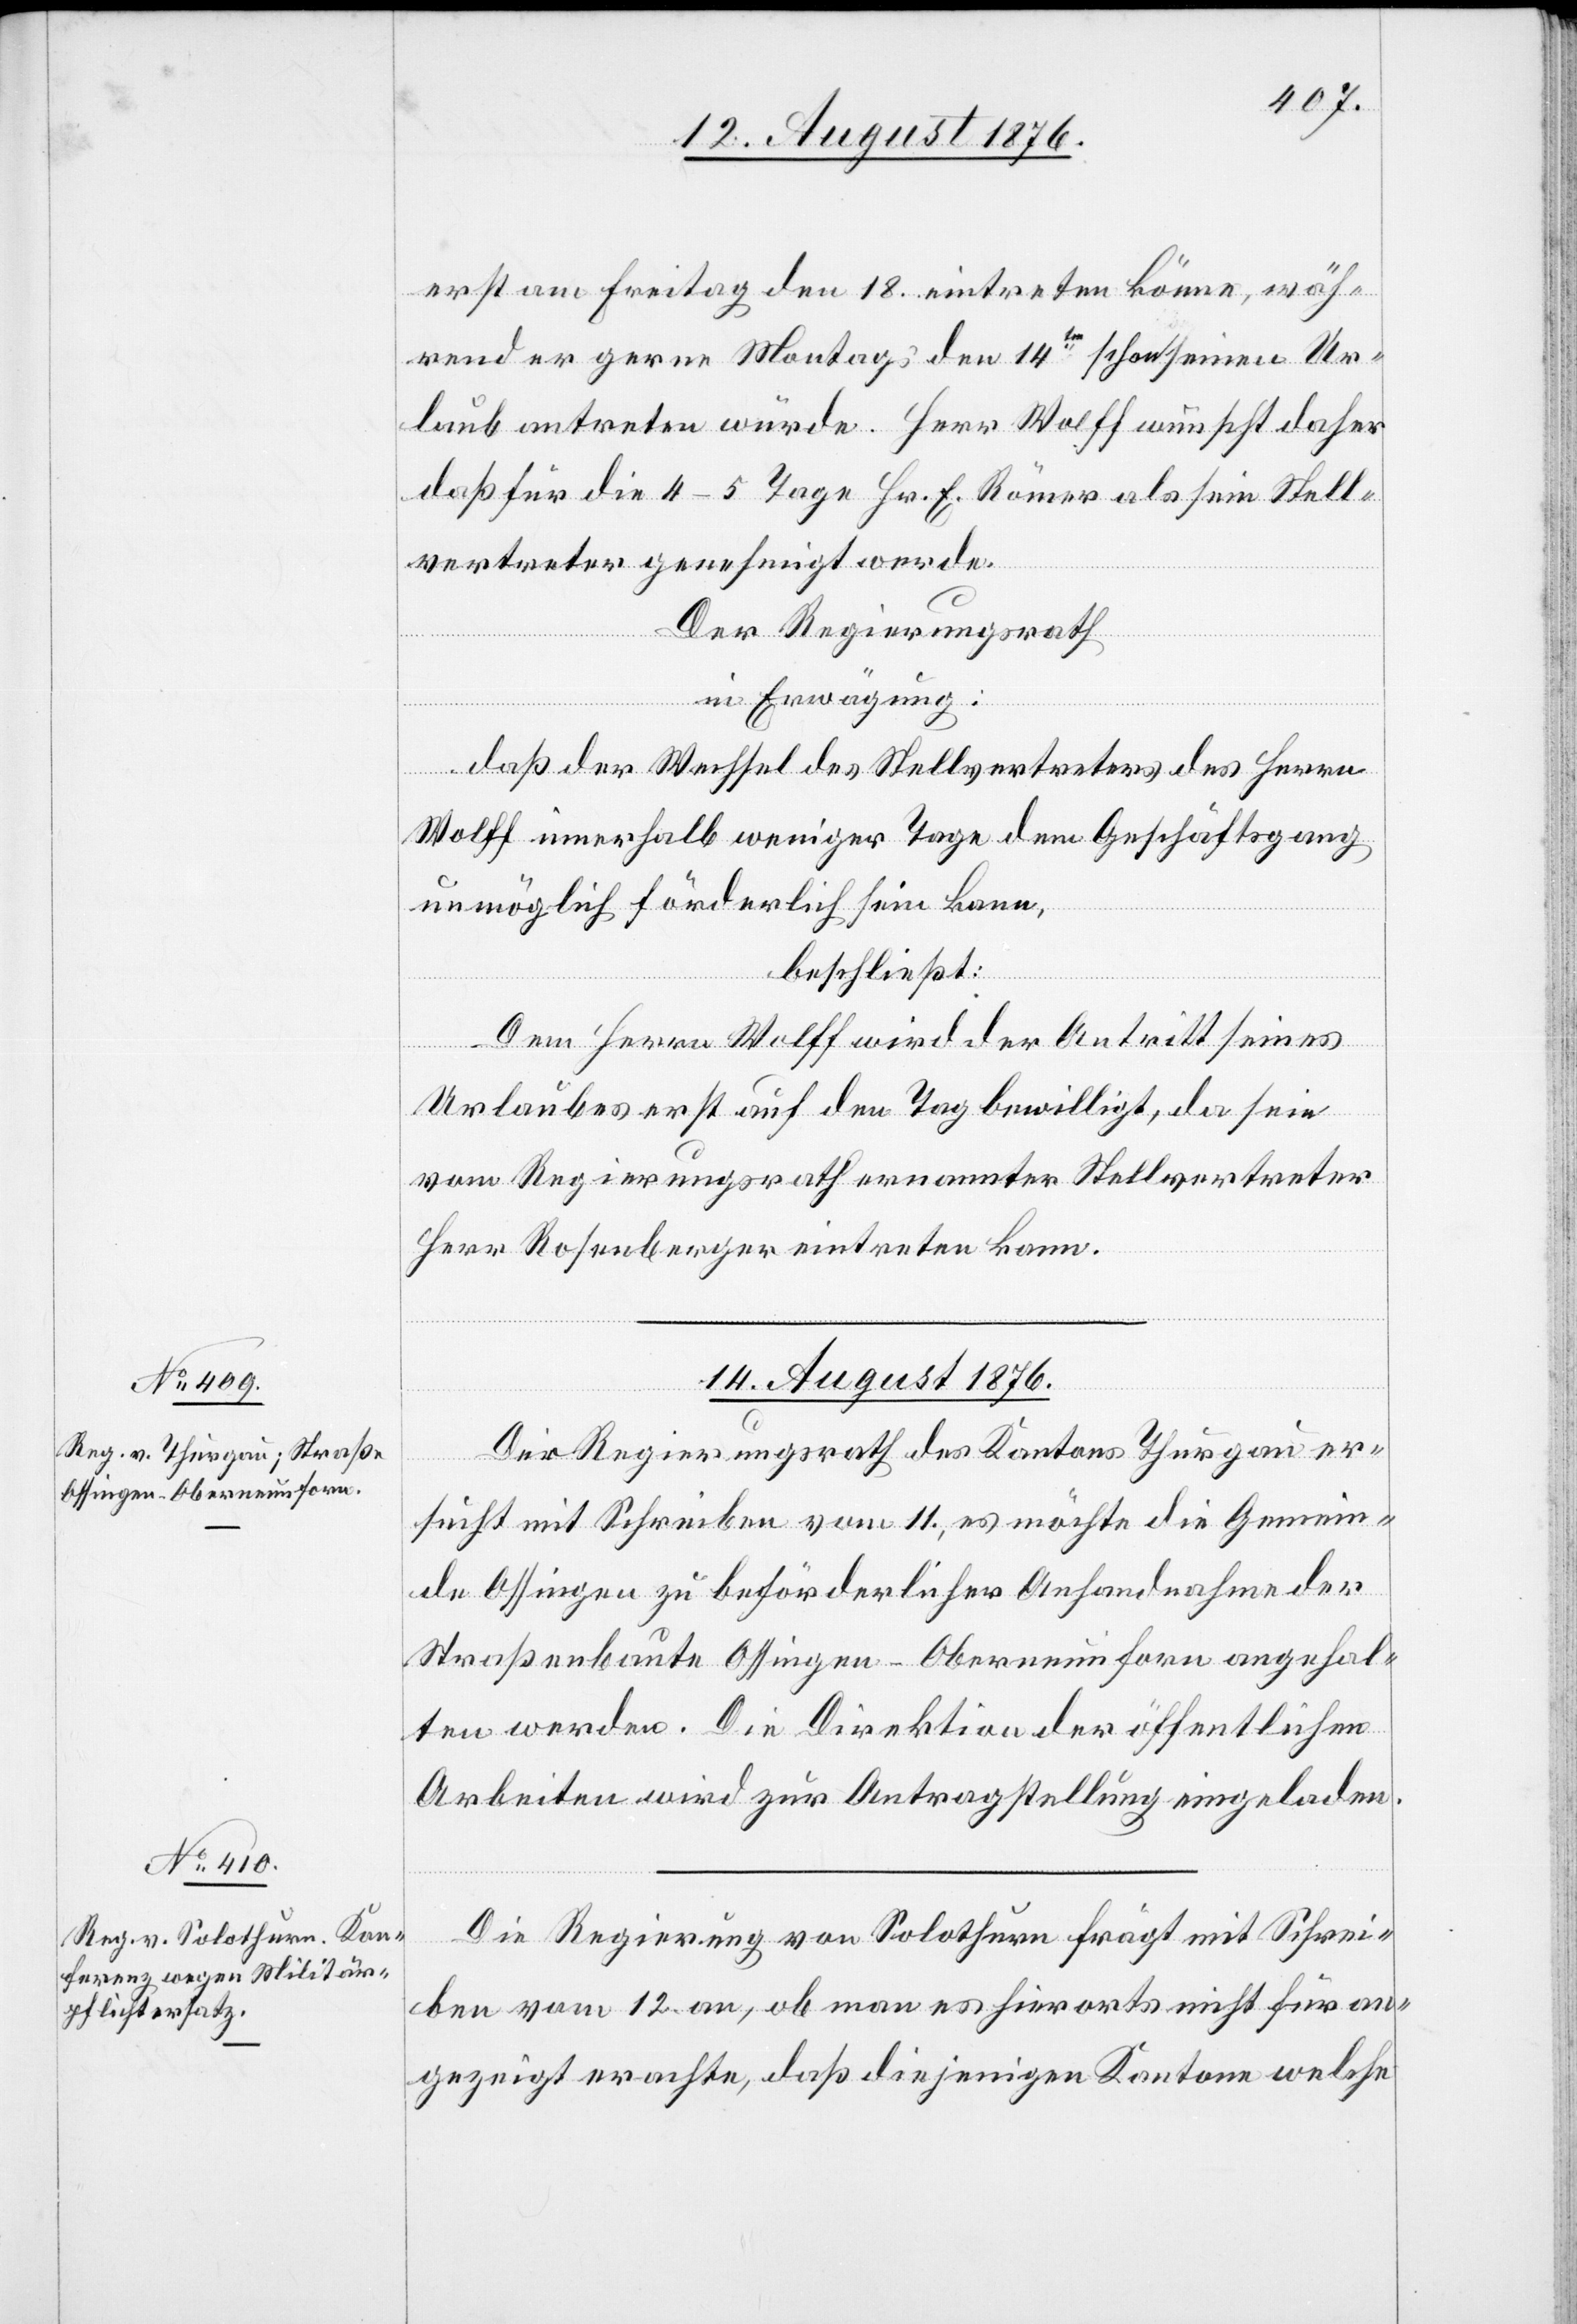
erst am Freitag den 18. eintreten könne, wäh¬
rend er gerne Montags den 14ten schon seinen Ur¬
laub antreten würde. Herr Wolff wünscht daher
daß für die 4–5 Tage Hr. E. Römer als sein Stell¬
vertreter genehmigt werde.
Der Regierungsrath
in Erwägung:
daß der Wechsel des Stellvertreters des Herrn
Wolff innerhalb weniger Tage dem Geschäftsgang
unmöglich förderlich sein kann,
beschließt:
Dem Herrn Wolff wird der Antritt seines
Urlaubes erst auf den Tag bewilligt, da sein
vom Regierungsrath ernannter Stellvertreter
Herr Rosenberger eintreten kann.
14. August 1876.]
Der Regierungsrath des Kantons Thurgau er¬
sucht mit Schrieben vom 11., es möchte die Gemein¬
de Ossingen zu beförderlicher Anhandnahme der
Straßenbaute Ossingen–Oberneunforn angehal¬
ten werden. Die Direktion der öffentlichen
Arbeiten wird zur Antragstellung eingeladen.
Die Regierung von Solothurn frägt mit Schrei¬
ben vom 12. an, ob man es hierorts nicht für an¬
gezeigt erachte, daß diejenigen Kantone welche